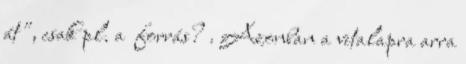
át", csak pl. a forrás? . Azonban a vitalapra arra